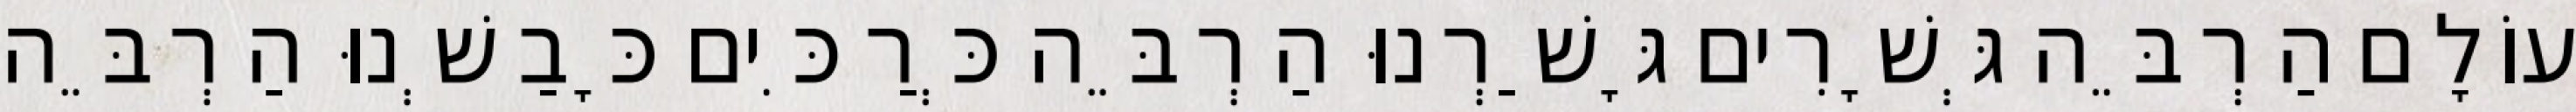
עוֹלָם הַרְבֵּה גְּשָׁרִים גָּשַׁרְנוּ הַרְבֵּה כְּרַכִּים כָּבַשְׁנוּ הַרְבֵּה